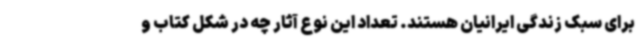
برای سبک زندگی ایرانیان هستند. تعداد این نوع آثار چه در شکل کتاب و